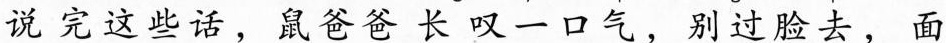
说完这些话，鼠爸爸长叹一口气，别过脸去，面